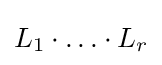
L_{1}\cdot {\dots }\cdot L_{r}